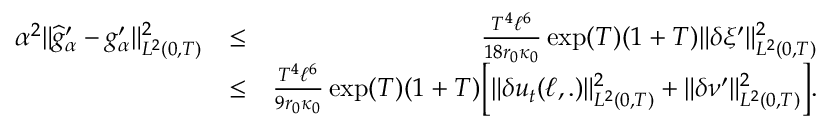
\begin{array} { r l r } { \alpha ^ { 2 } \Vert \widehat { g } _ { \alpha } ^ { \prime } - g _ { \alpha } ^ { \prime } \Vert _ { L ^ { 2 } ( 0 , T ) } ^ { 2 } } & { \leq } & { \frac { T ^ { 4 } \ell ^ { 6 } } { 1 8 r _ { 0 } \kappa _ { 0 } } \exp ( T ) ( 1 + T ) \Vert \delta \xi ^ { \prime } \Vert _ { L ^ { 2 } ( 0 , T ) } ^ { 2 } } \\ & { \leq } & { \frac { T ^ { 4 } \ell ^ { 6 } } { 9 r _ { 0 } \kappa _ { 0 } } \exp ( T ) ( 1 + T ) \Big [ \Vert \delta u _ { t } ( \ell , . ) \Vert _ { L ^ { 2 } ( 0 , T ) } ^ { 2 } + \Vert \delta \nu ^ { \prime } \Vert _ { L ^ { 2 } ( 0 , T ) } ^ { 2 } \Big ] . } \end{array}